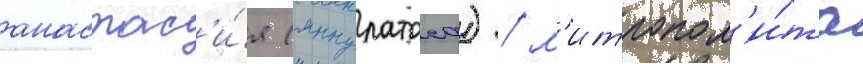
анастас'и́я (яннулатоса) / м'итропол'и́та